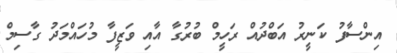
އިންސާފު ކަނީރު އަބްދުއް ރަހީމް ބުރުގާ އާއި ވަޒީފާ މުހައްމަދު ގާސިމް